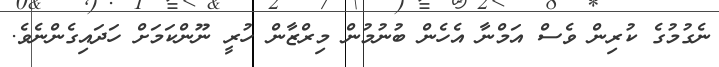
ނެގުމުގެ ކުރިން ވެސް އަމްނާ އެހެން ބުނުމުން މިރްޒާން ހުރީ ނޫންކަމަށް ހަދައިގެންނެވެ.